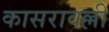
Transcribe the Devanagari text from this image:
कासरावल्ली